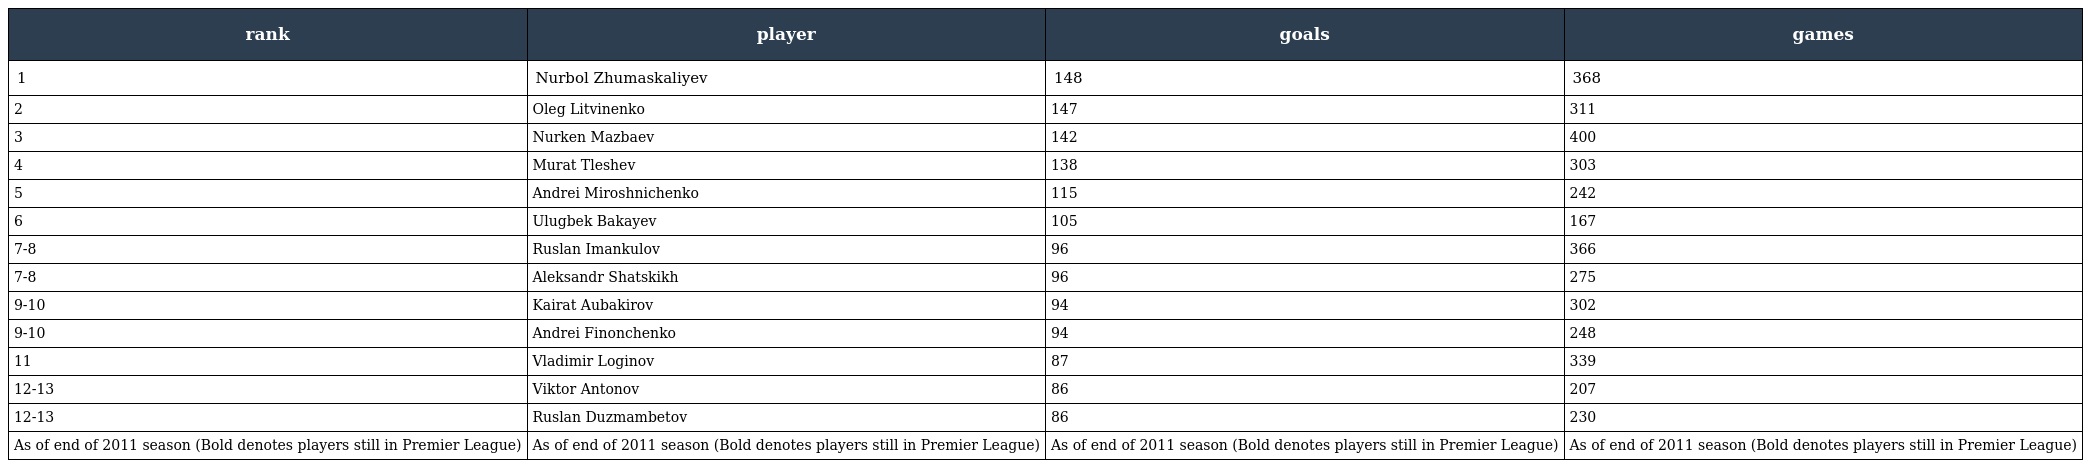
| rank | player | goals | games |
 | --- | --- | --- | --- |
 | 1 | Nurbol Zhumaskaliyev | 148 | 368 |
 | 2 | Oleg Litvinenko | 147 | 311 |
 | 3 | Nurken Mazbaev | 142 | 400 |
 | 4 | Murat Tleshev | 138 | 303 |
 | 5 | Andrei Miroshnichenko | 115 | 242 |
 | 6 | Ulugbek Bakayev | 105 | 167 |
 | 7-8 | Ruslan Imankulov | 96 | 366 |
 | 7-8 | Aleksandr Shatskikh | 96 | 275 |
 | 9-10 | Kairat Aubakirov | 94 | 302 |
 | 9-10 | Andrei Finonchenko | 94 | 248 |
 | 11 | Vladimir Loginov | 87 | 339 |
 | 12-13 | Viktor Antonov | 86 | 207 |
 | 12-13 | Ruslan Duzmambetov | 86 | 230 |
 | As of end of 2011 season (Bold denotes players still in Premier League) | As of end of 2011 season (Bold denotes players still in Premier League) | As of end of 2011 season (Bold denotes players still in Premier League) | As of end of 2011 season (Bold denotes players still in Premier League) |